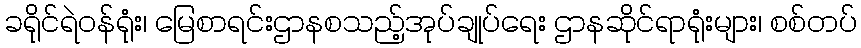
ခရိုင်ရဲဝန်ရုံး၊ မြေစာရင်းဌာနစသည့်အုပ်ချုပ်ရေး ဌာနဆိုင်ရာရုံးများ၊ စစ်တပ်